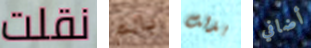
نقلت بالم بذلت أضافي